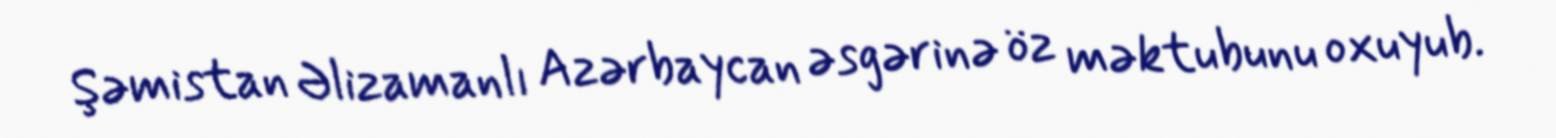
Şəmistan Əlizamanlı Azərbaycan əsgərinə öz məktubunu oxuyub.